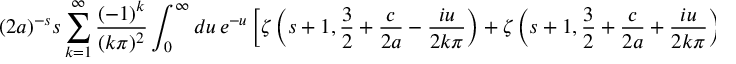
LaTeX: ( 2 a ) ^ { - s } s \sum _ { k = 1 } ^ { \infty } \frac { ( - 1 ) ^ { k } } { ( k \pi ) ^ { 2 } } \int _ { 0 } ^ { \infty } d u \, e ^ { - u } \left[ \zeta \left( s + 1 , \frac 3 2 + \frac { c } { 2 a } - \frac { i u } { 2 k \pi } \right) + \zeta \left( s + 1 , \frac 3 2 + \frac { c } { 2 a } + \frac { i u } { 2 k \pi } \right) \right] =